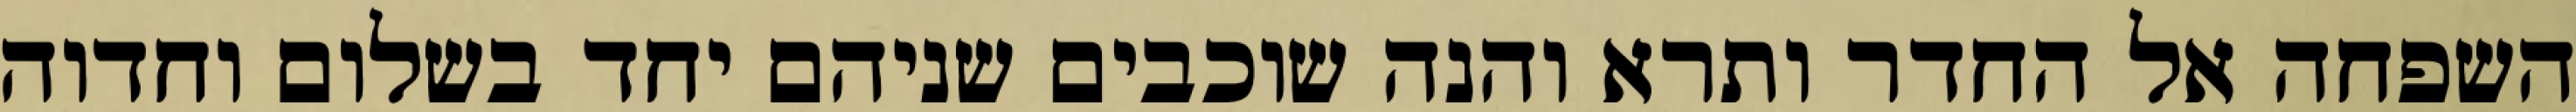
השפחה אל החדר ותרא והנה שוכבים שניהם יחד בשלום וחדוה